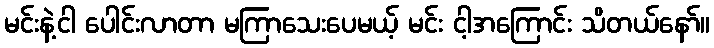
မင်းနဲ့ငါ ပေါင်းလာတာ မကြာသေးပေမယ့် မင်း ငါ့အကြောင်း သိတယ်နော်။